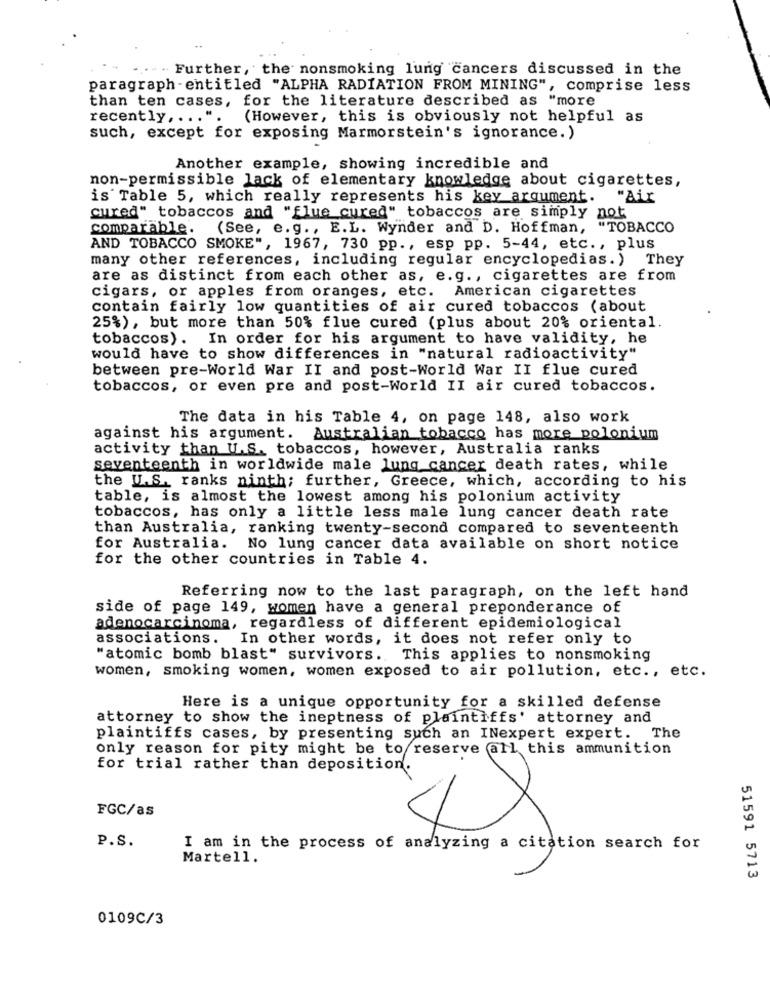
. ... Further, the nonsmoking lung cancers discussed in the
paragraph -entitled "ALPHA RADIATION FROM MINING", comprise less
than ten cases, for the literature described as "more
recently ,..
(However, this is obviously not helpful as
such, except for exposing Marmorstein's ignorance.)
Another example, showing incredible and
non-permissible lack of elementary knowledge about cigarettes,
is Table 5, which really represents his key argument.
"Air
cured" tobaccos and "flue cured" tobaccos are simply not
comparable.
(See, e.g ., E.L. Wynder and D. Hoffman, "TOBACCO
AND TOBACCO SMOKE", 1967, 730 pp ., esp pp. 5-44, etc ., plus
many other references, including regular encyclopedias. ) They
are as distinct from each other as, e.g ., cigarettes are from
cigars, or apples from oranges, etc. American cigarettes
contain fairly low quantities of air cured tobaccos (about
25%), but more than 50% flue cured (plus about 20% oriental.
tobaccos). In order for his argument to have validity, he
would have to show differences in "natural radioactivity"
between pre-World War II and post-World War II flue cured
tobaccos, or even pre and post-World II air cured tobaccos.
The data in his Table 4, on page 148, also work
against his argument. Australian tobacco has more polonium
activity than U.S. tobaccos, however, Australia ranks
seventeenth in worldwide male lung cancer death rates, while
the U.S. ranks ninth; further, Greece, which, according to his
table, is almost the lowest among his polonium activity
tobaccos, has only a little less male lung cancer death rate
than Australia, ranking twenty-second compared to seventeenth
for Australia. No lung cancer data available on short notice
for the other countries in Table 4.
Referring now to the last paragraph, on the left hand
side of page 149, women have a general preponderance of
adenocarcinoma, regardless of different epidemiological
associations. In other words, it does not refer only to
"atomic bomb blast" survivors. This applies to nonsmoking
women, smoking women, women exposed to air pollution, etc ., etc.
Here is a unique opportunity for a skilled defense
attorney to show the ineptness of plaintiffs' attorney and
plaintiffs cases, by presenting such an INexpert expert. The
only reason for pity might be to reserve all this ammunition
for trial rather than deposition.
FGC/as
×
P.S.
I am in the process of analyzing a citation search for
Martell.
51591 5713
0109C/3